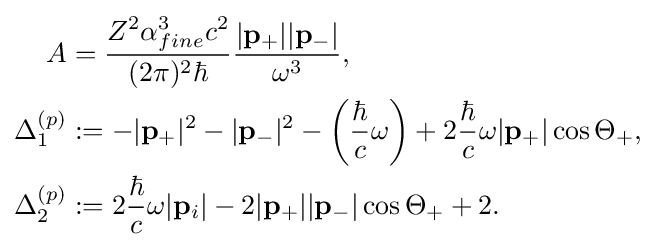
{\begin{aligned}A&={\frac {Z^{2}\alpha _{fine}^{3}c^{2}}{(2\pi )^{2}\hbar }}{\frac {|\mathbf {p} _{+}||\mathbf {p} _{-}|}{\omega ^{3}}},\\\Delta _{1}^{(p)}&:=-|\mathbf {p} _{+}|^{2}-|\mathbf {p} _{-}|^{2}-\left({\frac {\hbar }{c}}\omega \right)+2{\frac {\hbar }{c}}\omega |\mathbf {p} _{+}|\cos \Theta _{+},\\\Delta _{2}^{(p)}&:=2{\frac {\hbar }{c}}\omega |\mathbf {p} _{i}|-2|\mathbf {p} _{+}||\mathbf {p} _{-}|\cos \Theta _{+}+2.\end{aligned}}